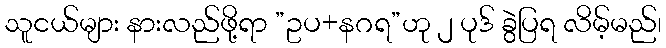
သူငယ်များ နားလည်ဖို့ရာ ”ဥပ+နဂရ”ဟု ၂ ပုဒ် ခွဲပြရ လိမ့်မည်၊